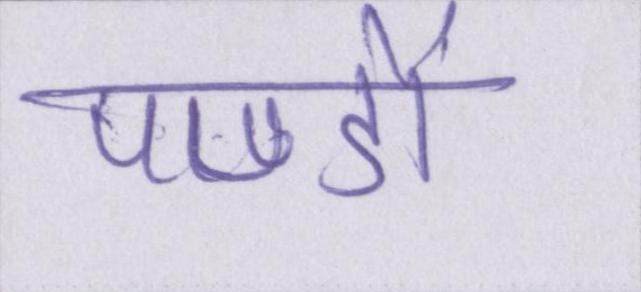
पण्डों